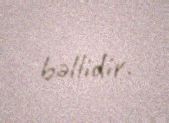
bəllidir.